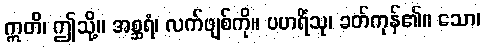
ဣတိ၊ ဤသို့။ အစ္ဆရံ၊ လက်ဖျစ်ကို။ ပဟရိံသု၊ ခတ်ကုန်၏။ သော၊